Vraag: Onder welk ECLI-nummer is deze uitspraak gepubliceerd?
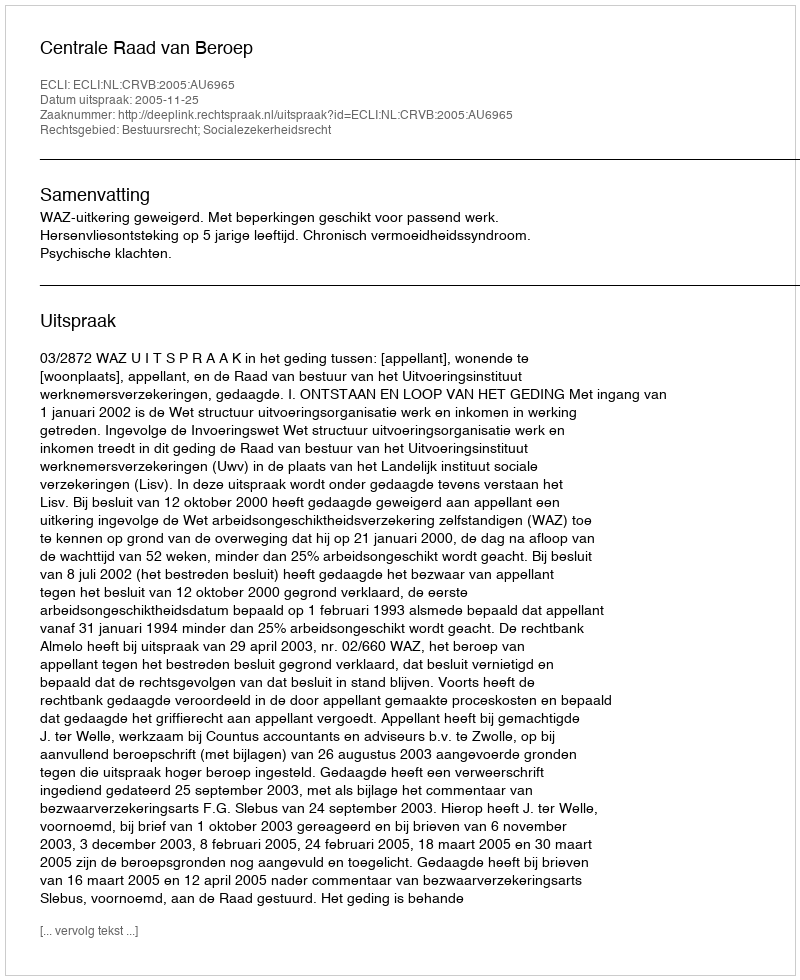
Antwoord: ECLI:NL:CRVB:2005:AU6965